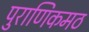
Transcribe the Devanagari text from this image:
पुराणिकमठ